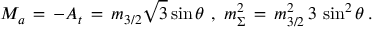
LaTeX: M _ { a } \, = \, - A _ { t } \, = \, m _ { 3 / 2 } \sqrt { 3 } \sin \theta \, \, , \, \, m _ { \Sigma } ^ { 2 } \, = \, m _ { 3 / 2 } ^ { 2 } \, 3 \, \sin ^ { 2 } \theta \, .